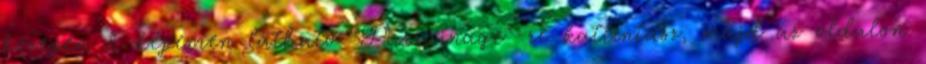
közepén 3. képemen látható "Parrainage"-re kattintasz, majd az oldalon